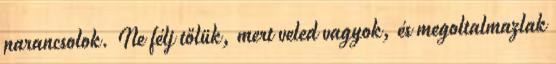
parancsolok. Ne félj tőlük, mert veled vagyok, és megoltalmazlak